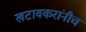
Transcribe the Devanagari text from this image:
खटावकरांनीच